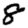
Digit: 8